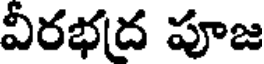
విరభద పూజ